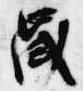
歳